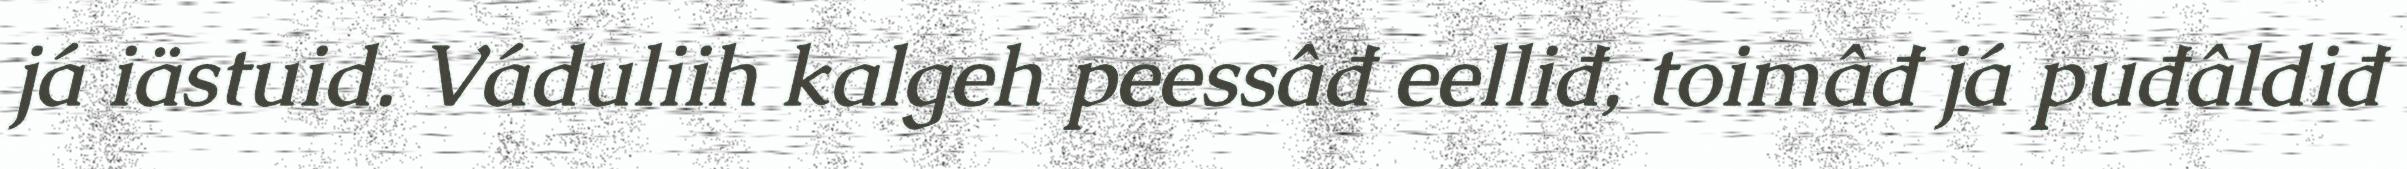
já iästuid. Váduliih kalgeh peessâđ eelliđ, toimâđ já puđâldiđ